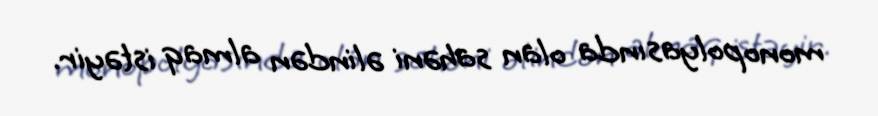
monopolyasında olan sahəni əlindən almaq istəyir.